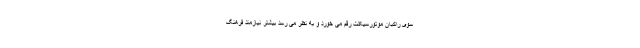
سوی راکبان موتورسیکلت رقم می خورد و به نظر می رسد بیشتر نیازمند فرهنگ